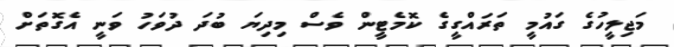
މަޖިލީހުގެ ގައުމީ ތަރައްގީގެ ކޮމެޓީން ވެސް މިދިޔަ ބުދަ ދުވަހު ވަނީ އެގޮތަށް